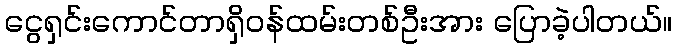
ငွေရှင်းကောင်တာရှိဝန်ထမ်းတစ်ဦးအား ပြောခဲ့ပါတယ်။